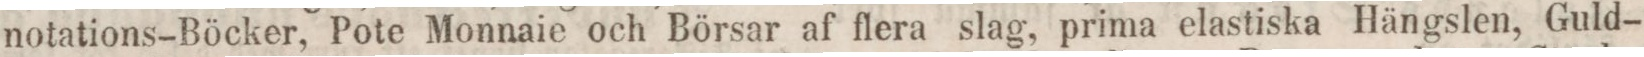
notations-Böcker, Pote Monnaie och Börsar af flera slag, prima elastiska Hängslen, Guld-